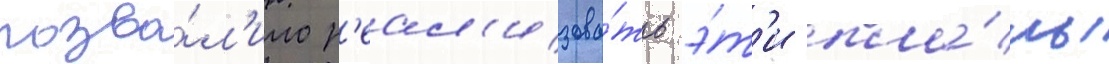
позво́л'ило р'еал'изова́ть э́т'и пла́ны